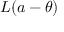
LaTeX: L ( a - \theta )